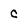
Character: c